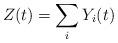
LaTeX: \begin{align*}Z(t) = \sum_i Y_i(t)\end{align*}